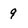
Character: 9